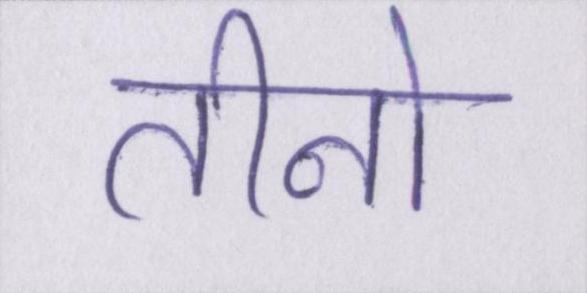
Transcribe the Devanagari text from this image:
तीनो